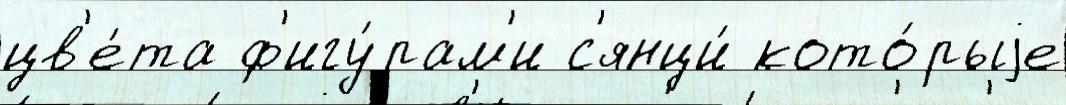
цв'е́та ф'игу́рам'и с'янци́ кото́рыjе